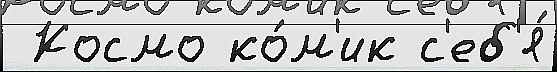
 Космо ко́м'ик с'еб'я́